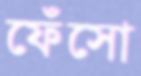
ফেঁসো